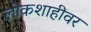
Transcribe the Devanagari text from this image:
लोकशाहीवर